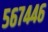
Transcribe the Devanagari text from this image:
५६७४४६